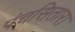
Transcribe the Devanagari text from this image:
पंचसितारा